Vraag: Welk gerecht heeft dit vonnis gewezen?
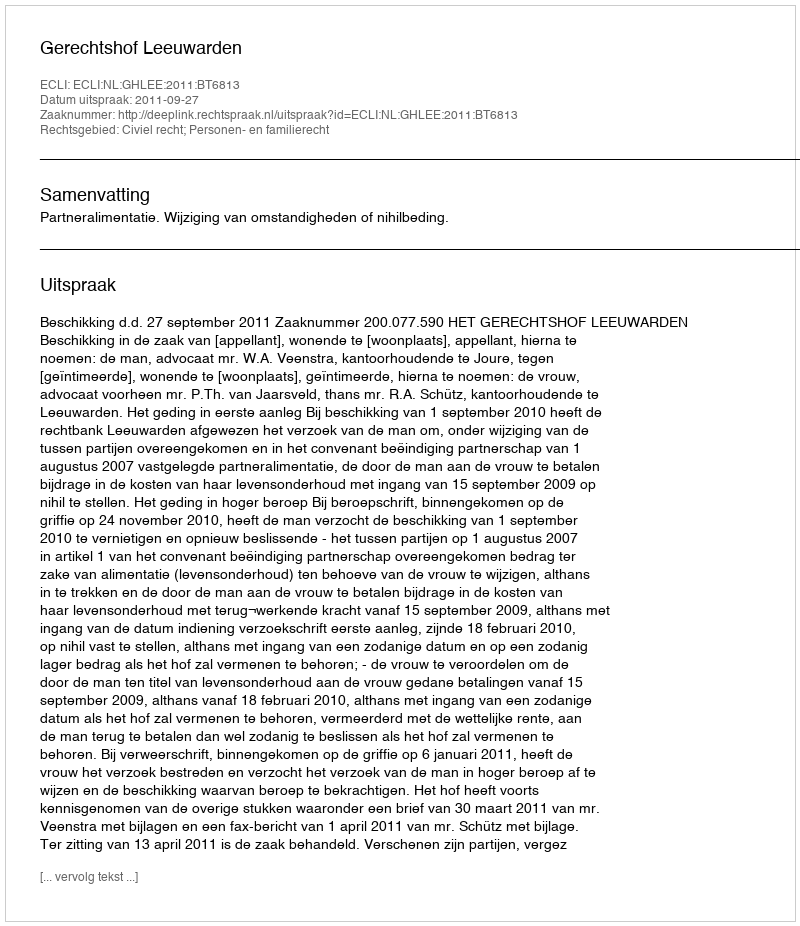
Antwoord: Gerechtshof Leeuwarden